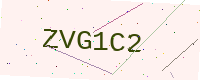
Text: ZVG1C2